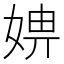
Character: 𡞑